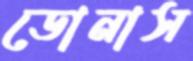
ডোনাস